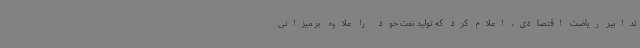
تدابیر ریاضت اقتصادی، اعلام کرد که تولید نفت خود را علاوه بر میزانی